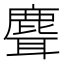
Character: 𬸽